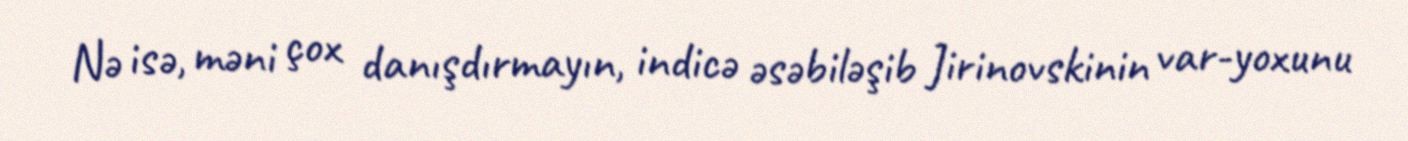
Nə isə, məni çox danışdırmayın, indicə əsəbiləşib Jirinovskinin var-yoxunu